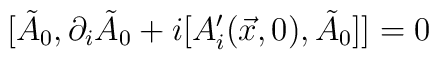
[\tilde{A}_{0}, \partial_{i}\tilde{A}_{0} +i[A'_{i}(\vec{x},0),\tilde{A}_{0}]] = 0